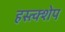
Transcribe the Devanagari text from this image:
हस्त्क्शेप